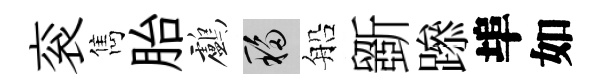
衮雋胎鸕移船斵𨅶埠如